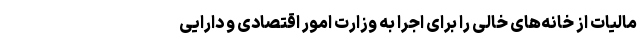
مالیات از خانه‌های خالی را برای اجرا به وزارت امور اقتصادی و دارایی